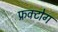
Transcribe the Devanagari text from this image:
फ्रक्टोग